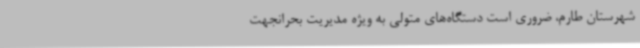
شهرستان طارم، ضروری است دستگاه‌های متولی به ویژه مدیریت بحرانجهت